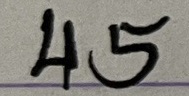
45